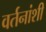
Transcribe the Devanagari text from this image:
वर्तनांशी